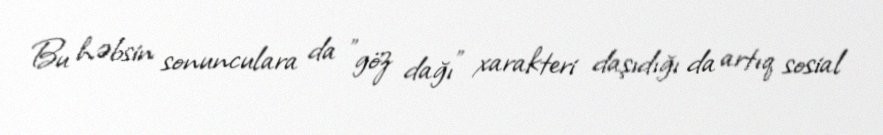
Bu həbsin sonunculara da "göz dağı" xarakteri daşıdığı da artıq sosial